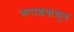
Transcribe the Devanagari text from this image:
कराडपासून